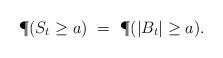
LaTeX: \begin{align*}\P(S_t \geq a) \ = \ \P(|B_t| \geq a).\end{align*}